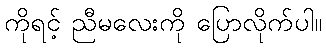
ကိုရင့် ညီမလေးကို ပြောလိုက်ပါ။